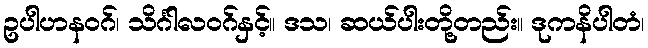
ဥပါဟနဝဂ်၊ သိင်္ဂါလဝဂ်နှင့်။ ဒသ၊ ဆယ်ပါးတို့တည်း။ ဒုကနိပါတံ၊